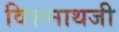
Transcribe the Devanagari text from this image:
विश्व्नाथजी